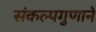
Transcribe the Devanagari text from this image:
संकल्पगुणाने